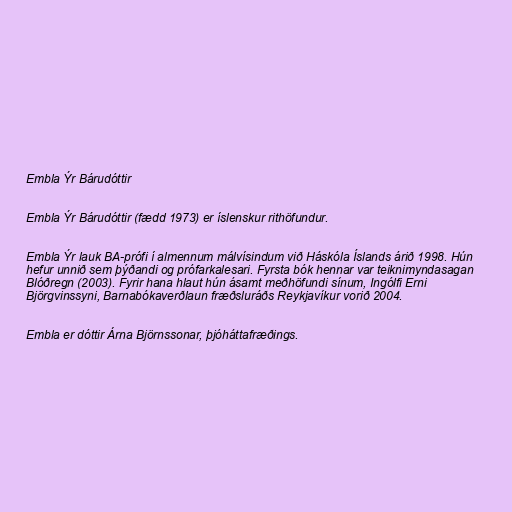
Embla Ýr Bárudóttir

Embla Ýr Bárudóttir (fædd 1973) er íslenskur rithöfundur.

Embla Ýr lauk BA-prófi í almennum málvísindum við Háskóla Íslands árið 1998. Hún
hefur unnið sem þýðandi og prófarkalesari. Fyrsta bók hennar var teiknimyndasagan
Blóðregn (2003). Fyrir hana hlaut hún ásamt meðhöfundi sínum, Ingólfi Erni
Björgvinssyni, Barnabókaverðlaun fræðsluráðs Reykjavíkur vorið 2004.

Embla er dóttir Árna Björnssonar, þjóháttafræðings.